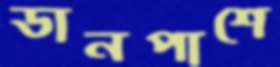
ডানপাশে